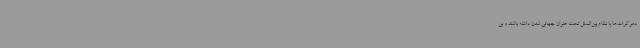
دموکرات‌ها با نظام بین‌الملل تحت عنوان جهانی شدن داشته باشند و بی